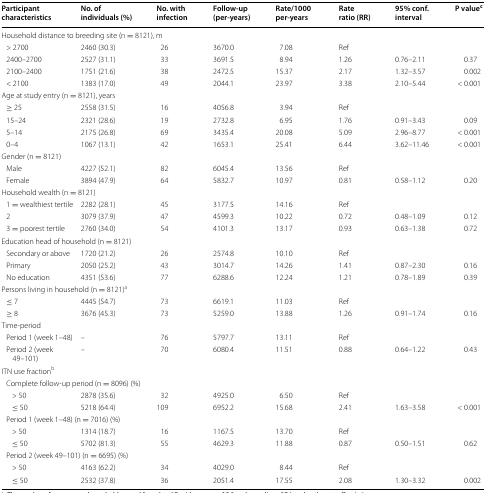
<table><thead><tr><td><b>Participant characteristics</b></td><td><b>No. of individuals (%)</b></td><td><b>No. with infection</b></td><td><b>Follow-up (per-years)</b></td><td><b>Rate/1000 per-years</b></td><td><b>Rate ratio (RR)</b></td><td><b>95% conf. interval</b></td><td><b>P value<sup>c</sup></b></td></tr></thead><tbody><tr><td colspan="8">Household distance to breeding site (n = 8121), m</td></tr><tr><td> &gt; 2700</td><td>2460 (30.3)</td><td>26</td><td>3670.0</td><td>7.08</td><td>Ref</td><td></td><td></td></tr><tr><td> 2400–2700</td><td>2527 (31.1)</td><td>33</td><td>3691.5</td><td>8.94</td><td>1.26</td><td>0.76–2.11</td><td>0.37</td></tr><tr><td> 2100–2400</td><td>1751 (21.6)</td><td>38</td><td>2472.5</td><td>15.37</td><td>2.17</td><td>1.32–3.57</td><td>0.002</td></tr><tr><td> &lt; 2100</td><td>1383 (17.0)</td><td>49</td><td>2044.1</td><td>23.97</td><td>3.38</td><td>2.10–5.44</td><td>&lt; 0.001</td></tr><tr><td colspan="8">Age at study entry (n = 8121), years</td></tr><tr><td> ≥ 25</td><td>2558 (31.5)</td><td>16</td><td>4056.8</td><td>3.94</td><td>Ref</td><td></td><td></td></tr><tr><td> 15–24</td><td>2321 (28.6)</td><td>19</td><td>2732.8</td><td>6.95</td><td>1.76</td><td>0.91–3.43</td><td>0.09</td></tr><tr><td> 5–14</td><td>2175 (26.8)</td><td>69</td><td>3435.4</td><td>20.08</td><td>5.09</td><td>2.96–8.77</td><td>&lt; 0.001</td></tr><tr><td> 0–4</td><td>1067 (13.1)</td><td>42</td><td>1653.1</td><td>25.41</td><td>6.44</td><td>3.62–11.46</td><td>&lt; 0.001</td></tr><tr><td colspan="8">Gender (n = 8121)</td></tr><tr><td> Male</td><td>4227 (52.1)</td><td>82</td><td>6045.4</td><td>13.56</td><td>Ref</td><td></td><td></td></tr><tr><td> Female</td><td>3894 (47.9)</td><td>64</td><td>5832.7</td><td>10.97</td><td>0.81</td><td>0.58–1.12</td><td>0.20</td></tr><tr><td colspan="8">Household wealth (n = 8121)</td></tr><tr><td> 1 = wealthiest tertile</td><td>2282 (28.1)</td><td>45</td><td>3177.5</td><td>14.16</td><td>Ref</td><td></td><td></td></tr><tr><td> 2</td><td>3079 (37.9)</td><td>47</td><td>4599.3</td><td>10.22</td><td>0.72</td><td>0.48–1.09</td><td>0.12</td></tr><tr><td> 3 = poorest tertile</td><td>2760 (34.0)</td><td>54</td><td>4101.3</td><td>13.17</td><td>0.93</td><td>0.63–1.38</td><td>0.72</td></tr><tr><td colspan="8">Education head of household (n = 8121)</td></tr><tr><td> Secondary or above</td><td>1720 (21.2)</td><td>26</td><td>2574.8</td><td>10.10</td><td>Ref</td><td></td><td></td></tr><tr><td> Primary</td><td>2050 (25.2)</td><td>43</td><td>3014.7</td><td>14.26</td><td>1.41</td><td>0.87–2.30</td><td>0.16</td></tr><tr><td> No education</td><td>4351 (53.6)</td><td>77</td><td>6288.6</td><td>12.24</td><td>1.21</td><td>0.78–1.89</td><td>0.39</td></tr><tr><td colspan="8">Persons living in household (n = 8121)<sup>a</sup></td></tr><tr><td> ≤ 7</td><td>4445 (54.7)</td><td>73</td><td>6619.1</td><td>11.03</td><td>Ref</td><td></td><td></td></tr><tr><td> ≥ 8</td><td>3676 (45.3)</td><td>73</td><td>5259.0</td><td>13.88</td><td>1.26</td><td>0.91–1.74</td><td>0.16</td></tr><tr><td colspan="8">Time-period</td></tr><tr><td> Period 1 (week 1–48)</td><td>–</td><td>76</td><td>5797.7</td><td>13.11</td><td>Ref</td><td></td><td></td></tr><tr><td> Period 2 (week 49–101)</td><td>–</td><td>70</td><td>6080.4</td><td>11.51</td><td>0.88</td><td>0.64–1.22</td><td>0.43</td></tr><tr><td colspan="8">ITN use fraction<sup>b</sup></td></tr><tr><td colspan="8"> Complete follow-up period (n = 8096) (%)</td></tr><tr><td>&gt; 50</td><td>2878 (35.6)</td><td>32</td><td>4925.0</td><td>6.50</td><td>Ref</td><td></td><td></td></tr><tr><td>≤ 50</td><td>5218 (64.4)</td><td>109</td><td>6952.2</td><td>15.68</td><td>2.41</td><td>1.63–3.58</td><td>&lt; 0.001</td></tr><tr><td colspan="8"> Period 1 (week 1–48) (n = 7016) (%)</td></tr><tr><td>&gt; 50</td><td>1314 (18.7)</td><td>16</td><td>1167.5</td><td>13.70</td><td>Ref</td><td></td><td></td></tr><tr><td>≤ 50</td><td>5702 (81.3)</td><td>55</td><td>4629.3</td><td>11.88</td><td>0.87</td><td>0.50–1.51</td><td>0.62</td></tr><tr><td colspan="8"> Period 2 (week 49–101) (n = 6695) (%)</td></tr><tr><td>&gt; 50</td><td>4163 (62.2)</td><td>34</td><td>4029.0</td><td>8.44</td><td>Ref</td><td></td><td></td></tr><tr><td>≤ 50</td><td>2532 (37.8)</td><td>36</td><td>2051.4</td><td>17.55</td><td>2.08</td><td>1.30–3.32</td><td>0.002</td></tr></tbody></table>